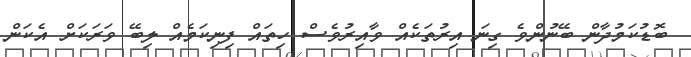
ބޮޑުކަމުދާން ބޭނުންވެ ގިނަ އިރުތަކެއް ވާއިރުވެސް ހިތައް ފިނިކަމެއް ލިބޭ ވަރަކަށް އެކަން